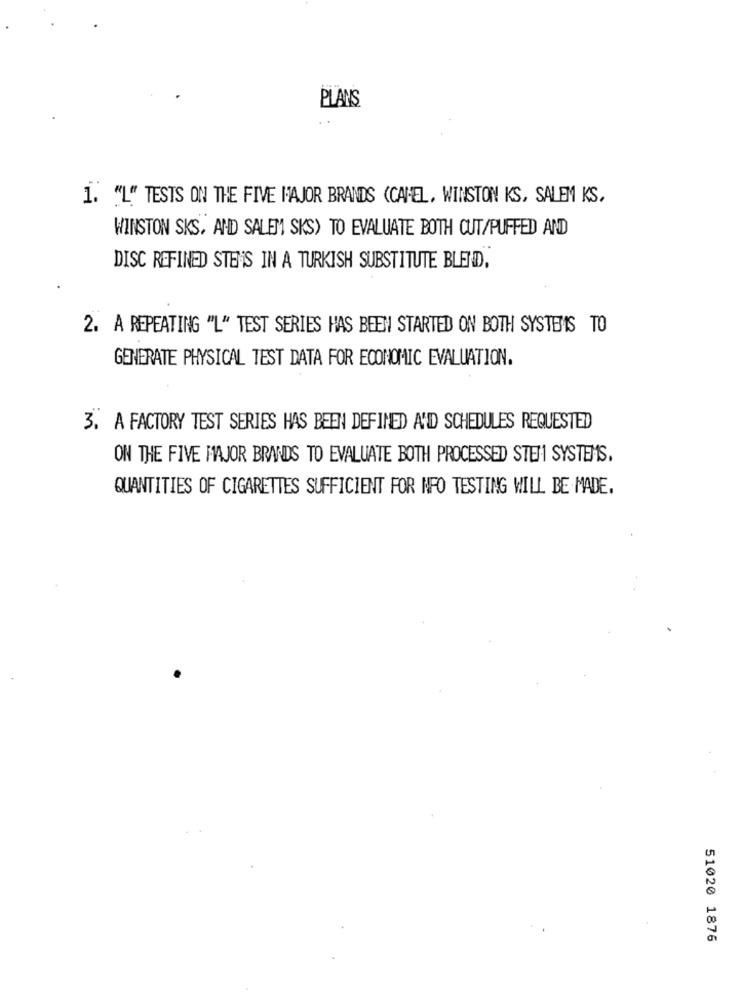
PLANS
1. "L" TESTS ON THE FIVE MAJOR BRANDS (CAPEL, WINSTON KS, SALEM KS,
WINSTON SKS, AND SALEM SKS) TO EVALUATE BOTH CUT/PUFFED AND
DISC REFINED STEMS IN A TURKISH SUBSTITUTE BLEND,
2. A REPEATING "L" TEST SERIES HAS BEEN STARTED ON BOTH SYSTEMS TO
GENERATE PHYSICAL TEST DATA FOR ECONOMIC EVALUATION.
3. A FACTORY TEST SERIES HAS BEEN DEFINED A'D SCHEDULES REQUESTED
ON THE FIVE MAJOR BRANDS TO EVALUATE BOTH PROCESSED STEM SYSTEMS.
QUANTITIES OF CIGARETTES SUFFICIENT FOR NFO TESTING WILL BE MADE.
51020 1876